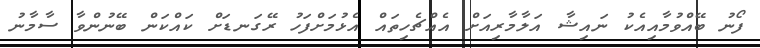
ފޯނު ބޭއްވުމާއިއެކު ނަައިޝާ އަލާމާރިއަށް އެއްޗެހިތައް އެޅުމަށްފަހު ރޭގަނޑަށް ކައްކަން ބޭނުންވާ ސާމާނު